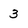
Character: 3